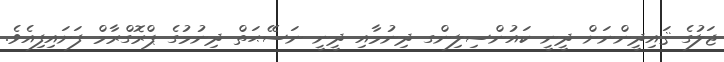
ޖަލުގެ ޤައިދީންނަށް ދީނީ ކައުންސިލިންގ ދިނުމާއި ދީނީ ނަސޭޙަތް ދިނުމުގެ ޕްރޮގްރާމް ފަށައިފިއެވެ.